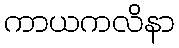
ကာယကလိနာ